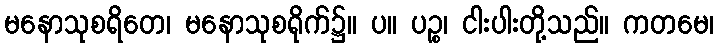
မနောသုစရိတေ၊ မနောသုစရိုက်၌။ ပ။ ပဉ္စ၊ ငါးပါးတို့သည်။ ကတမေ၊